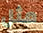
مثل